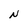
Character: N